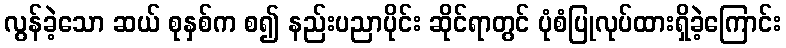
လွန်ခဲ့သော ဆယ် စုနှစ်က စ၍ နည်းပညာပိုင်း ဆိုင်ရာတွင် ပုံစံပြုလုပ်ထားရှိခဲ့ကြောင်း